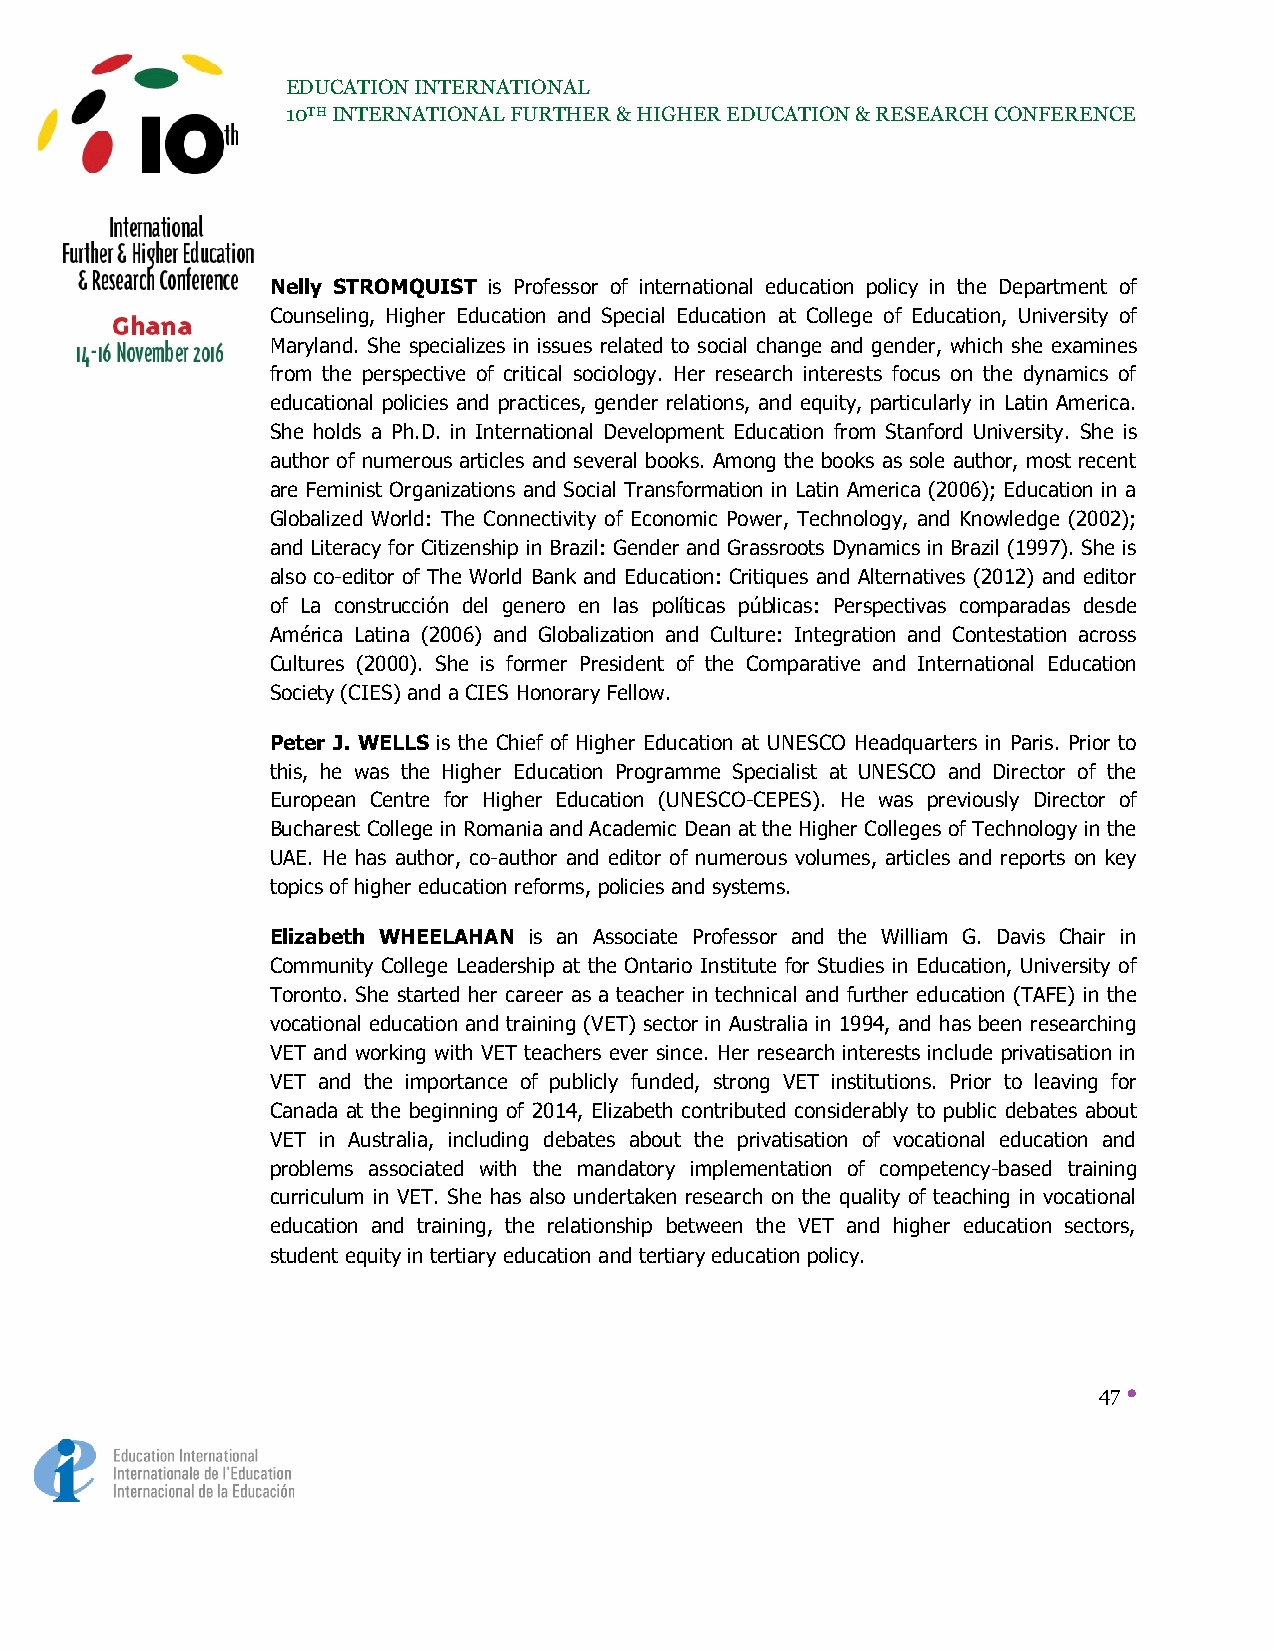
EDUCATION INTERNATIONAL
 10TH INTERNATIONAL FURTHER & HIGHER EDUCATION & RESEARCH CONFERENCE
 Nelly STROMQUIST is Professor of international education policy in the Department of
 Counseling, Higher Education and Special Education at College of Education, University of
 Maryland. She specializes in issues related to social change and gender, which she examines
 from the perspective of critical sociology. Her research interests focus on the dynamics of
 educational policies and practices, gender relations, and equity, particularly in Latin America.
 She holds a Ph.D. in International Development Education from Stanford University. She is
 author of numerous articles and several books. Among the books as sole author, most recent
 are Feminist Organizations and Social Transformation in Latin America (2006); Education in a
 Globalized World: The Connectivity of Economic Power, Technology, and Knowledge (2002);
 and Literacy for Citizenship in Brazil: Gender and Grassroots Dynamics in Brazil (1997). She is
 also co-editor of The World Bank and Education: Critiques and Alternatives (2012) and editor
 of La construcción del genero en las políticas públicas: Perspectivas comparadas desde
 América Latina (2006) and Globalization and Culture: Integration and Contestation across
 Cultures (2000). She is former President of the Comparative and International Education
 Society (CIES) and a CIES Honorary Fellow.
 Peter J. WELLS is the Chief of Higher Education at UNESCO Headquarters in Paris. Prior to
 this, he was the Higher Education Programme Specialist at UNESCO and Director of the
 European Centre for Higher Education (UNESCO-CEPES). He was previously Director of
 Bucharest College in Romania and Academic Dean at the Higher Colleges of Technology in the
 UAE. He has author, co-author and editor of numerous volumes, articles and reports on key
 topics of higher education reforms, policies and systems.
 Elizabeth WHEELAHAN is an Associate Professor and the William G. Davis Chair in
 Community College Leadership at the Ontario Institute for Studies in Education, University of
 Toronto. She started her career as a teacher in technical and further education (TAFE) in the
 vocational education and training (VET) sector in Australia in 1994, and has been researching
 VET and working with VET teachers ever since. Her research interests include privatisation in
 VET and the importance of publicly funded, strong VET institutions. Prior to leaving for
 Canada at the beginning of 2014, Elizabeth contributed considerably to public debates about
 VET in Australia, including debates about the privatisation of vocational education and
 problems associated with the mandatory implementation of competency-based training
 curriculum in VET. She has also undertaken research on the quality of teaching in vocational
 education and training, the relationship between the VET and higher education sectors,
 student equity in tertiary education and tertiary education policy.
 47 